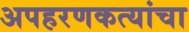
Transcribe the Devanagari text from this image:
अपहरणकत्यांचा